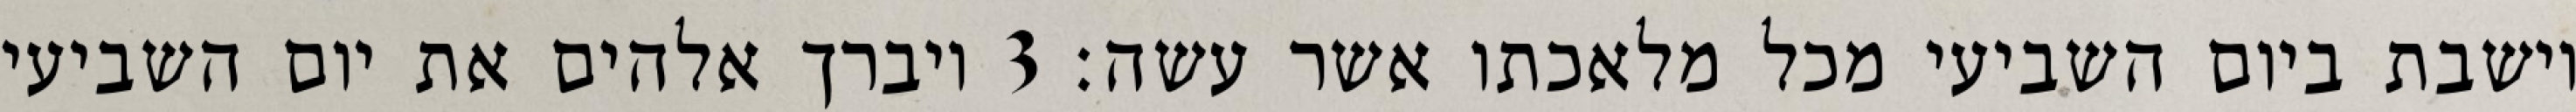
וישבת ביום השביעי מכל מלאכתו אשר עשה׃ ‎3‏ ויברך אלהים את יום השביעי